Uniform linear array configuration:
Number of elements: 24
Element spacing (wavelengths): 1
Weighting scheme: hann
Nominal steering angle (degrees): -30
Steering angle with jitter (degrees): -30.068
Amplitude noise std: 0.05
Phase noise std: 0.05

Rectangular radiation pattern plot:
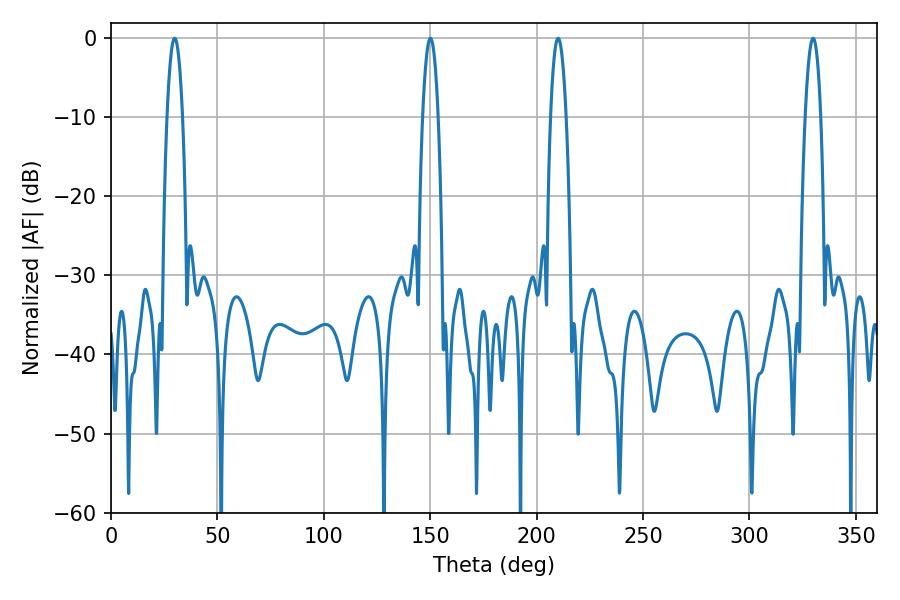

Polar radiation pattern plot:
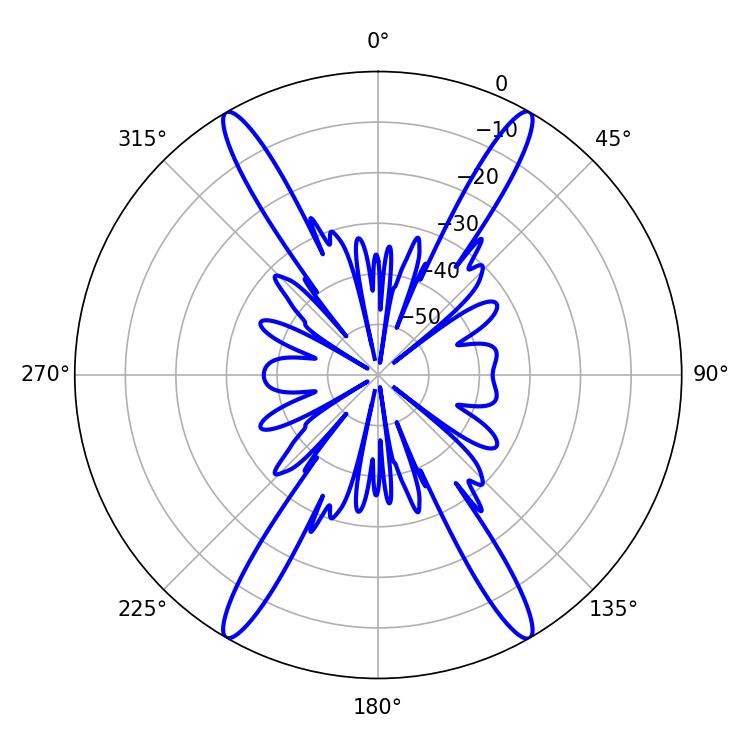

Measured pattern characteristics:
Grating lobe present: TRUE
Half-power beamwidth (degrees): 3.96
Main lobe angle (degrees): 210.06